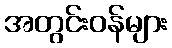
အတွင်းဝန်များ